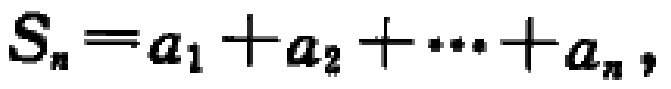
\(S_{n}=a_{1}+a_{2}+\cdots +a_{n},\)